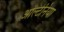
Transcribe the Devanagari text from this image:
ओल्टेनिया